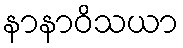
နာနာဝိသယာ